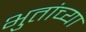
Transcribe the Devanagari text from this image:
भुतांच्या